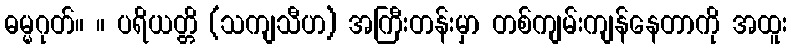
ဓမ္မဂုတ်။ ။ ပရိယတ္တိ (သကျသီဟ) အကြီးတန်းမှာ တစ်ကျမ်းကျန်နေတာကို အထူး